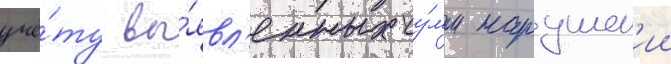
учё́ту вы́явл'енных су́мм нарушен'ии